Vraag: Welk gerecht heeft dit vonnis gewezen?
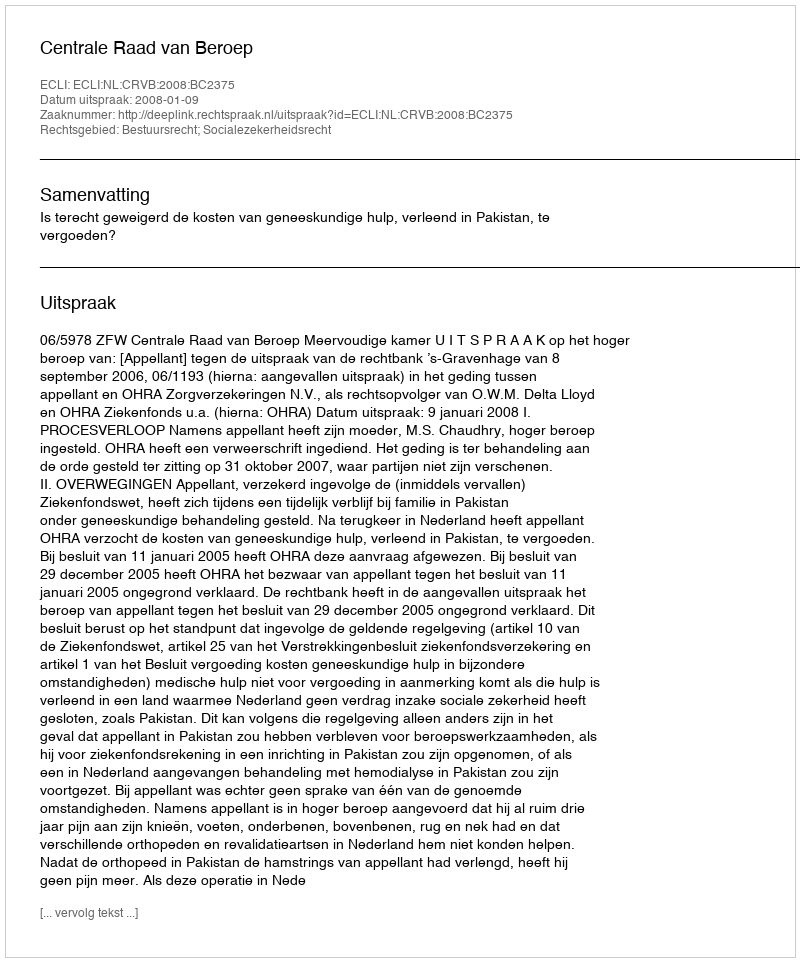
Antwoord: Centrale Raad van Beroep